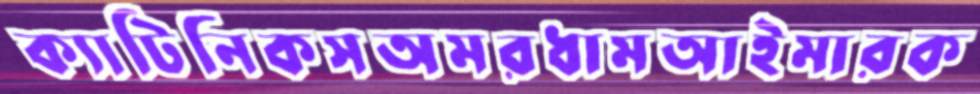
ক্যাটিনিকসঅমরধামআইমারক